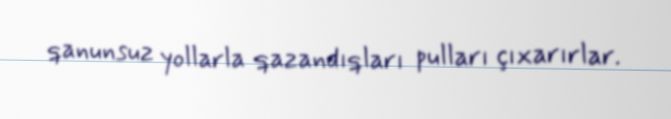
qanunsuz yollarla qazandıqları pulları çıxarırlar.